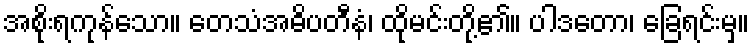
အစိုးရကုန်သော။ တေသံအဓိပတီနံ၊ ထိုမင်းတို့၏။ ပါဒတော၊ ခြေရင်းမှ။